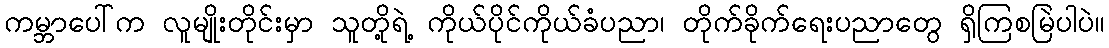
ကမ္ဘာပေါ်က လူမျိုးတိုင်းမှာ သူတို့ရဲ့ ကိုယ်ပိုင်ကိုယ်ခံပညာ၊ တိုက်ခိုက်ရေးပညာတွေ ရှိကြစမြဲပါပဲ။